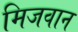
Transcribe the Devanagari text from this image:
मिजवान